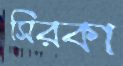
সিরকা